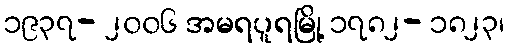
၁၉၃၇- ၂၀၀၆ အမရပူရမြို့ ၁၇၈၂- ၁၈၂၃၊